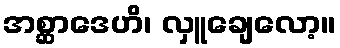
အစ္ဆာဒေဟိ၊ လှူချေလော့။